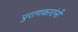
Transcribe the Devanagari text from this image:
पुराणकारांनी